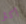
أكثر